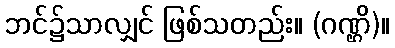
ဘင်၌သာလျှင် ဖြစ်သတည်း။ (ဂဏ္ဌိ)။